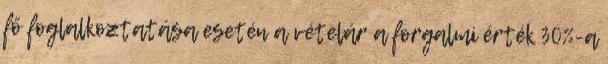
fő foglalkoztatása esetén a vételár a forgalmi érték 30%-a